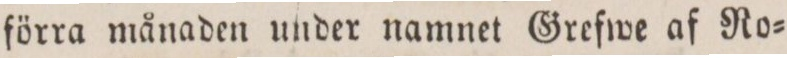
förra månaden under namnet Grefwe af No=